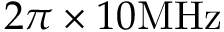
2 \pi \times 1 0 \mathrm { M H z }